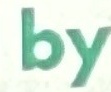
by